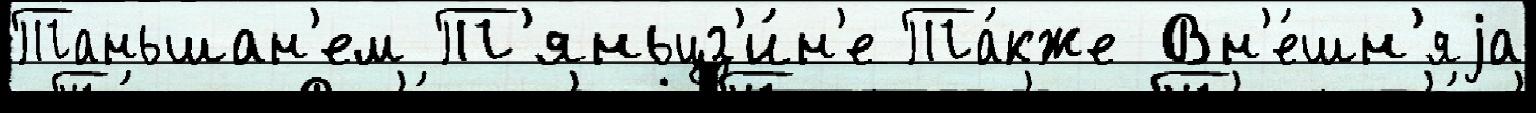
Таньшан'ем Т'яньцз'и́н'е Та́кже Вн'е́шн'яjа